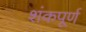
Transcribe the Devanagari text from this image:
शंकपूर्ण